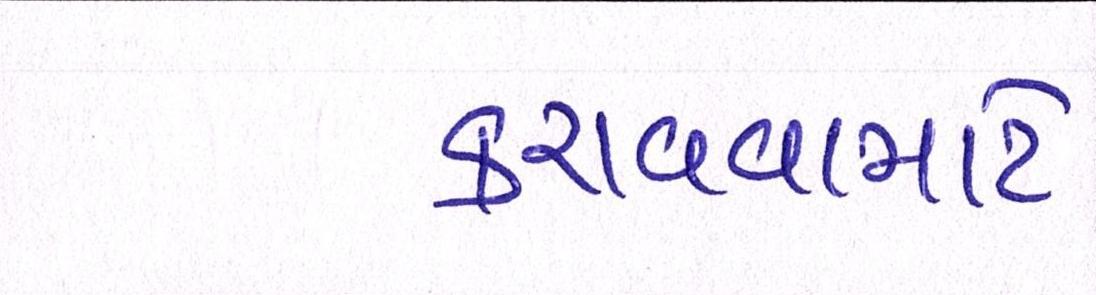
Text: કરાવવામાટે